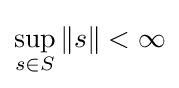
\sup _{s\in S}\|s\|<\infty